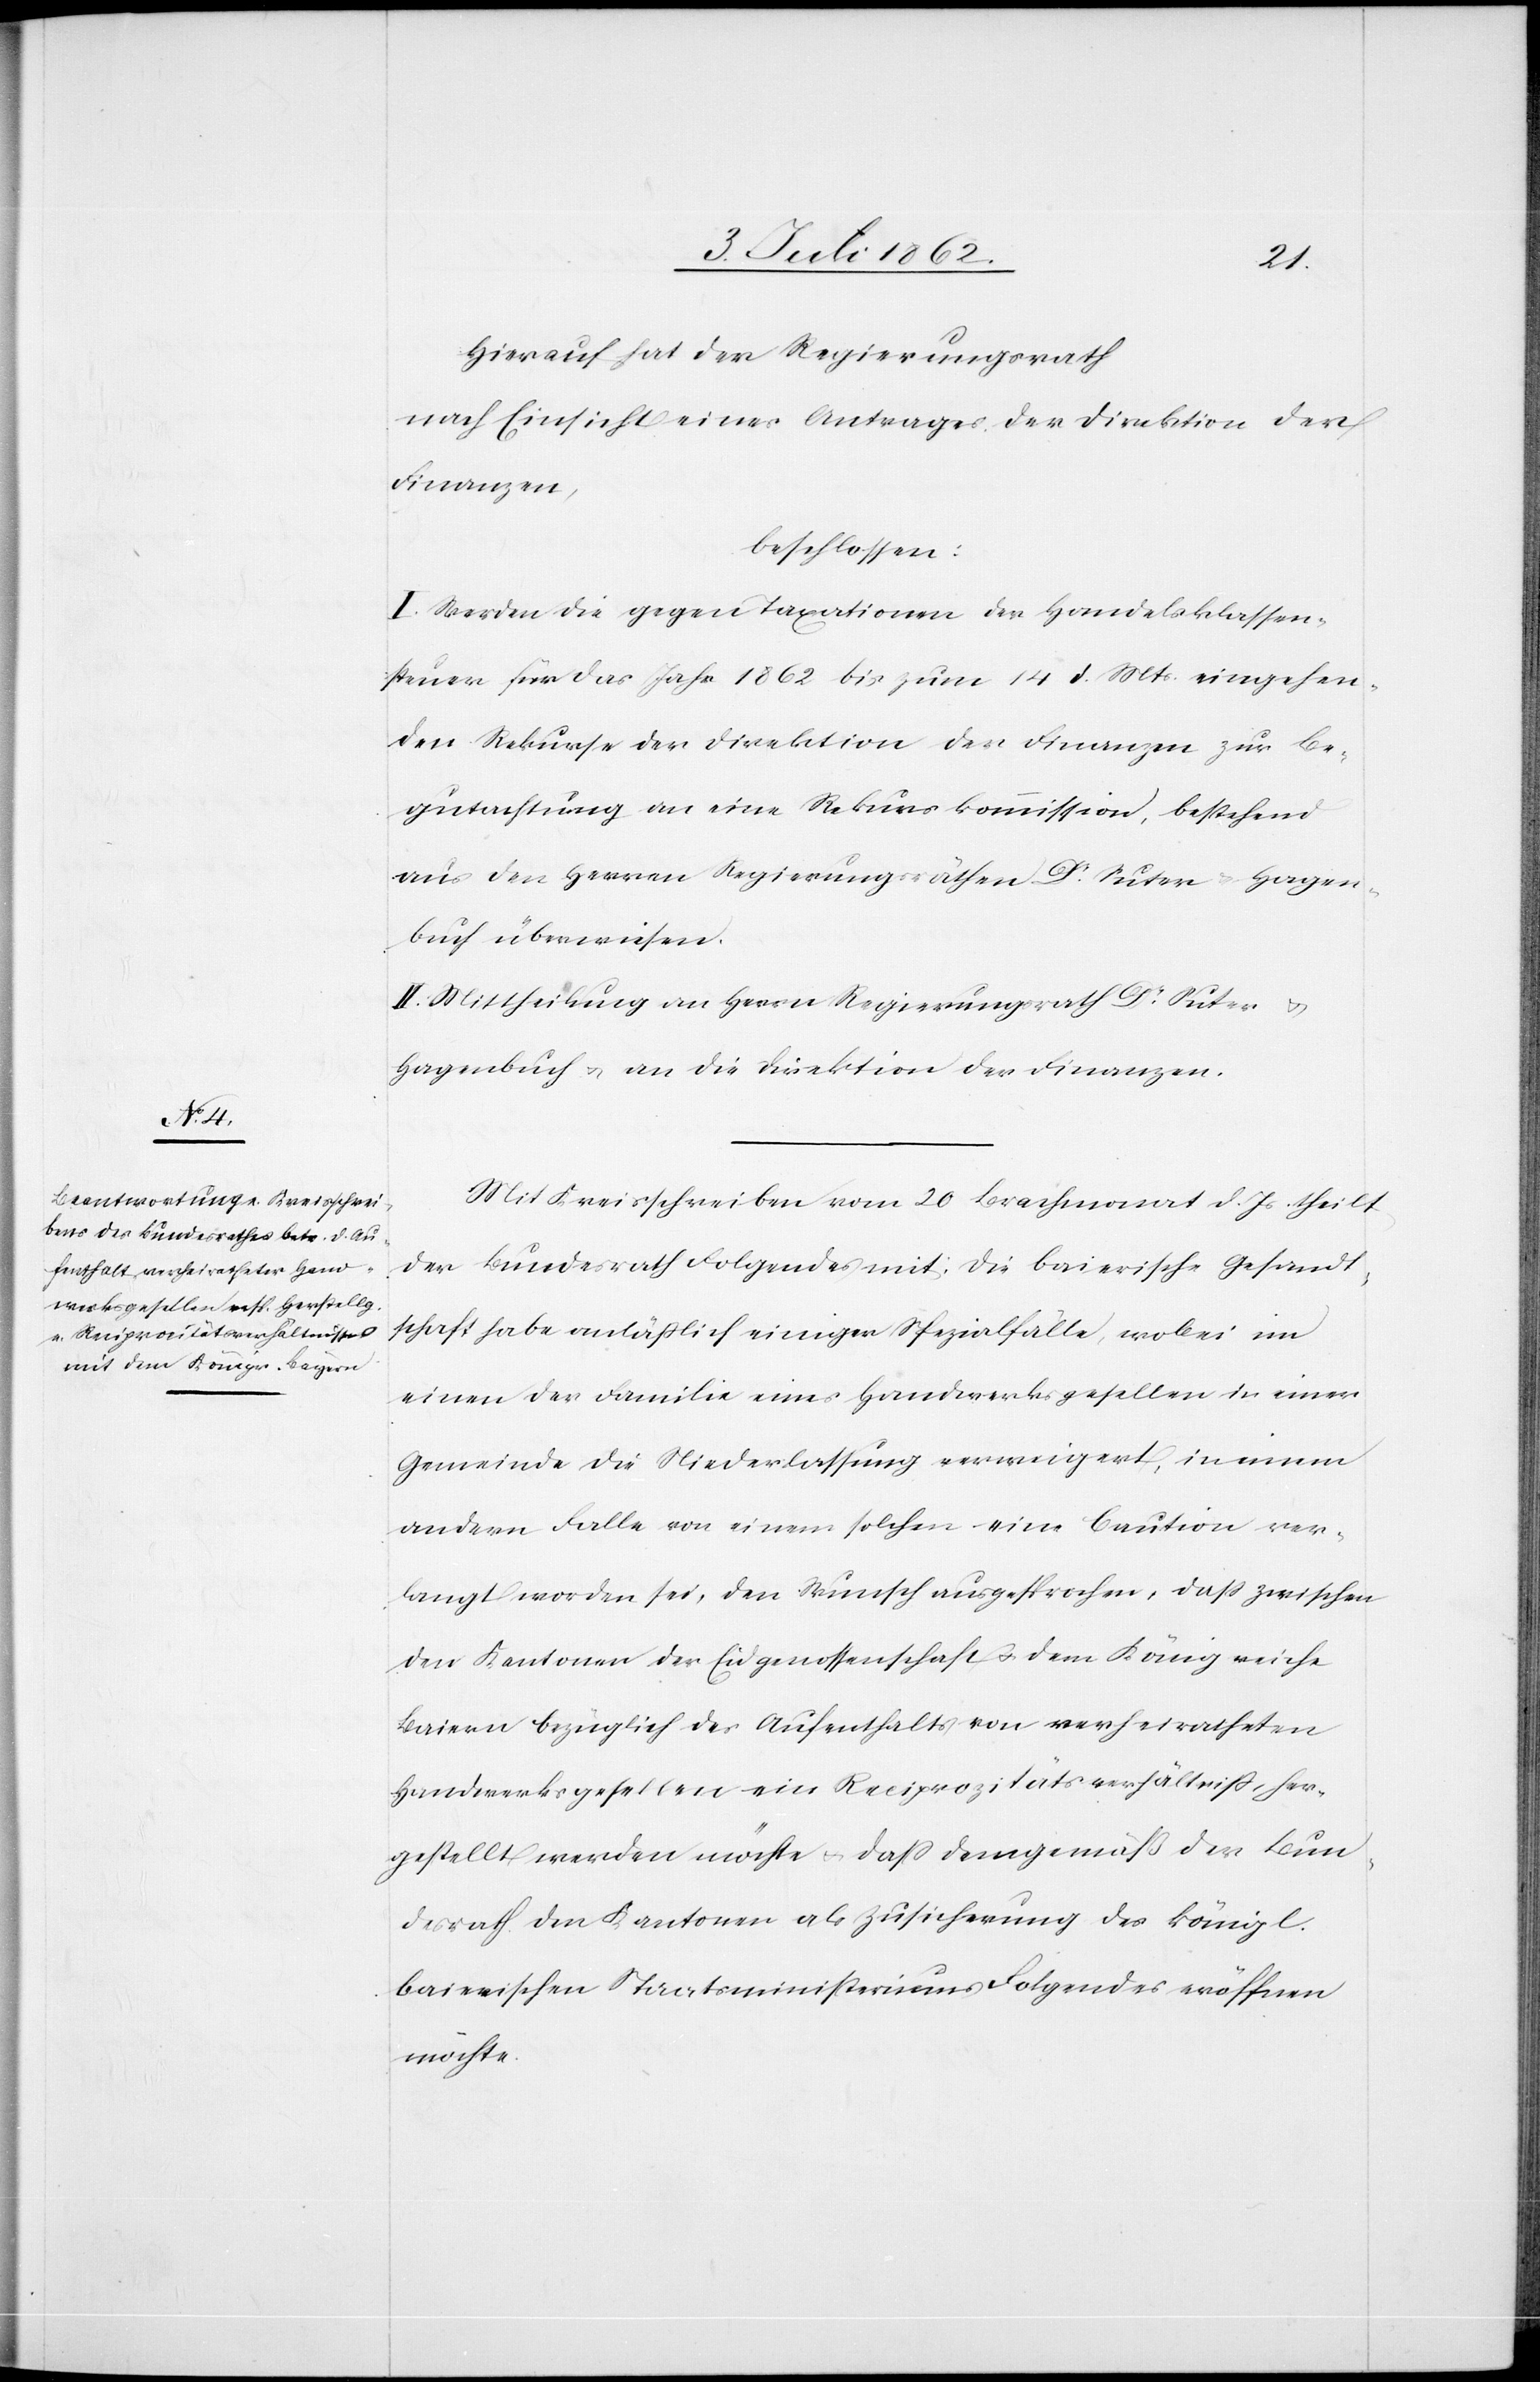
Hierauf hat der Regierungsrath
nach Einsicht eines Antrages der Direktion der
Finanzen,
beschlossen:
I. Werden die gegen Taxationen der Handelsklassen¬
steuer für das Jahr 1862 bis zum 14 d. Mts. eingehen¬
den Rekurse der Direktion der Finanzen zur Be¬
gutachtung an eine Rekurskommission, bestehend
aus den Herren Regierungsräthen Dr. Suter u. Hagen¬
buch überwiesen.
II. Mittheilung an Herrn Regierungsrath Dr. Suter u.
Hagenbuch u. an die Direktion der Finanzen.
Mit Kreisschreiben vom 20 Brachmonat d. Js. theilt
der Bundesrath Folgendes mit: Die Baierische Gesandt¬
schaft habe anläßlich einiger Spezialfälle, wobei im
einen der Familie eines Handwerksgesellen in einer
Gemeinde die Niederlassung verweigert, in einem
andern Falle von einem solchen eine Caution ver¬
langt worden sei, den Wunsch ausgesprochen, daß zwischen
den Kantonen der Eidgenossenschaft u. dem Königreiche
Baiern bezüglich des Aufenthalts von verheiratheten
Handwerksgesellen ein Reciprozitätsverhältniß, her¬
gestellt werden möchte u. daß demgemäß der Bun¬
desrath den Kantonen als Zusicherung des königl.
Baierischen Staatsministeriums Folgendes eröffnen
möchte.